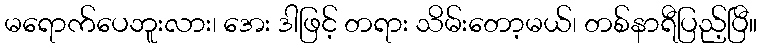
မရောက်ပေဘူးလား၊ အေး ဒါဖြင့် တရား သိမ်းတော့မယ်၊ တစ်နာရီပြည့်ပြီ။